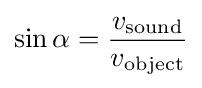
\sin \alpha ={\frac {v_{\text{sound}}}{v_{\text{object}}}}